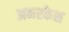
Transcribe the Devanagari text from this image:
अमरकेश